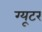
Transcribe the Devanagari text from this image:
ग्यूटर